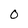
Character: O